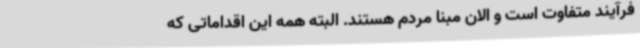
فرآیند متفاوت است و الان مبنا مردم هستند. البته همه این اقداماتی که‌